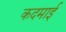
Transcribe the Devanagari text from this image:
कदमाई